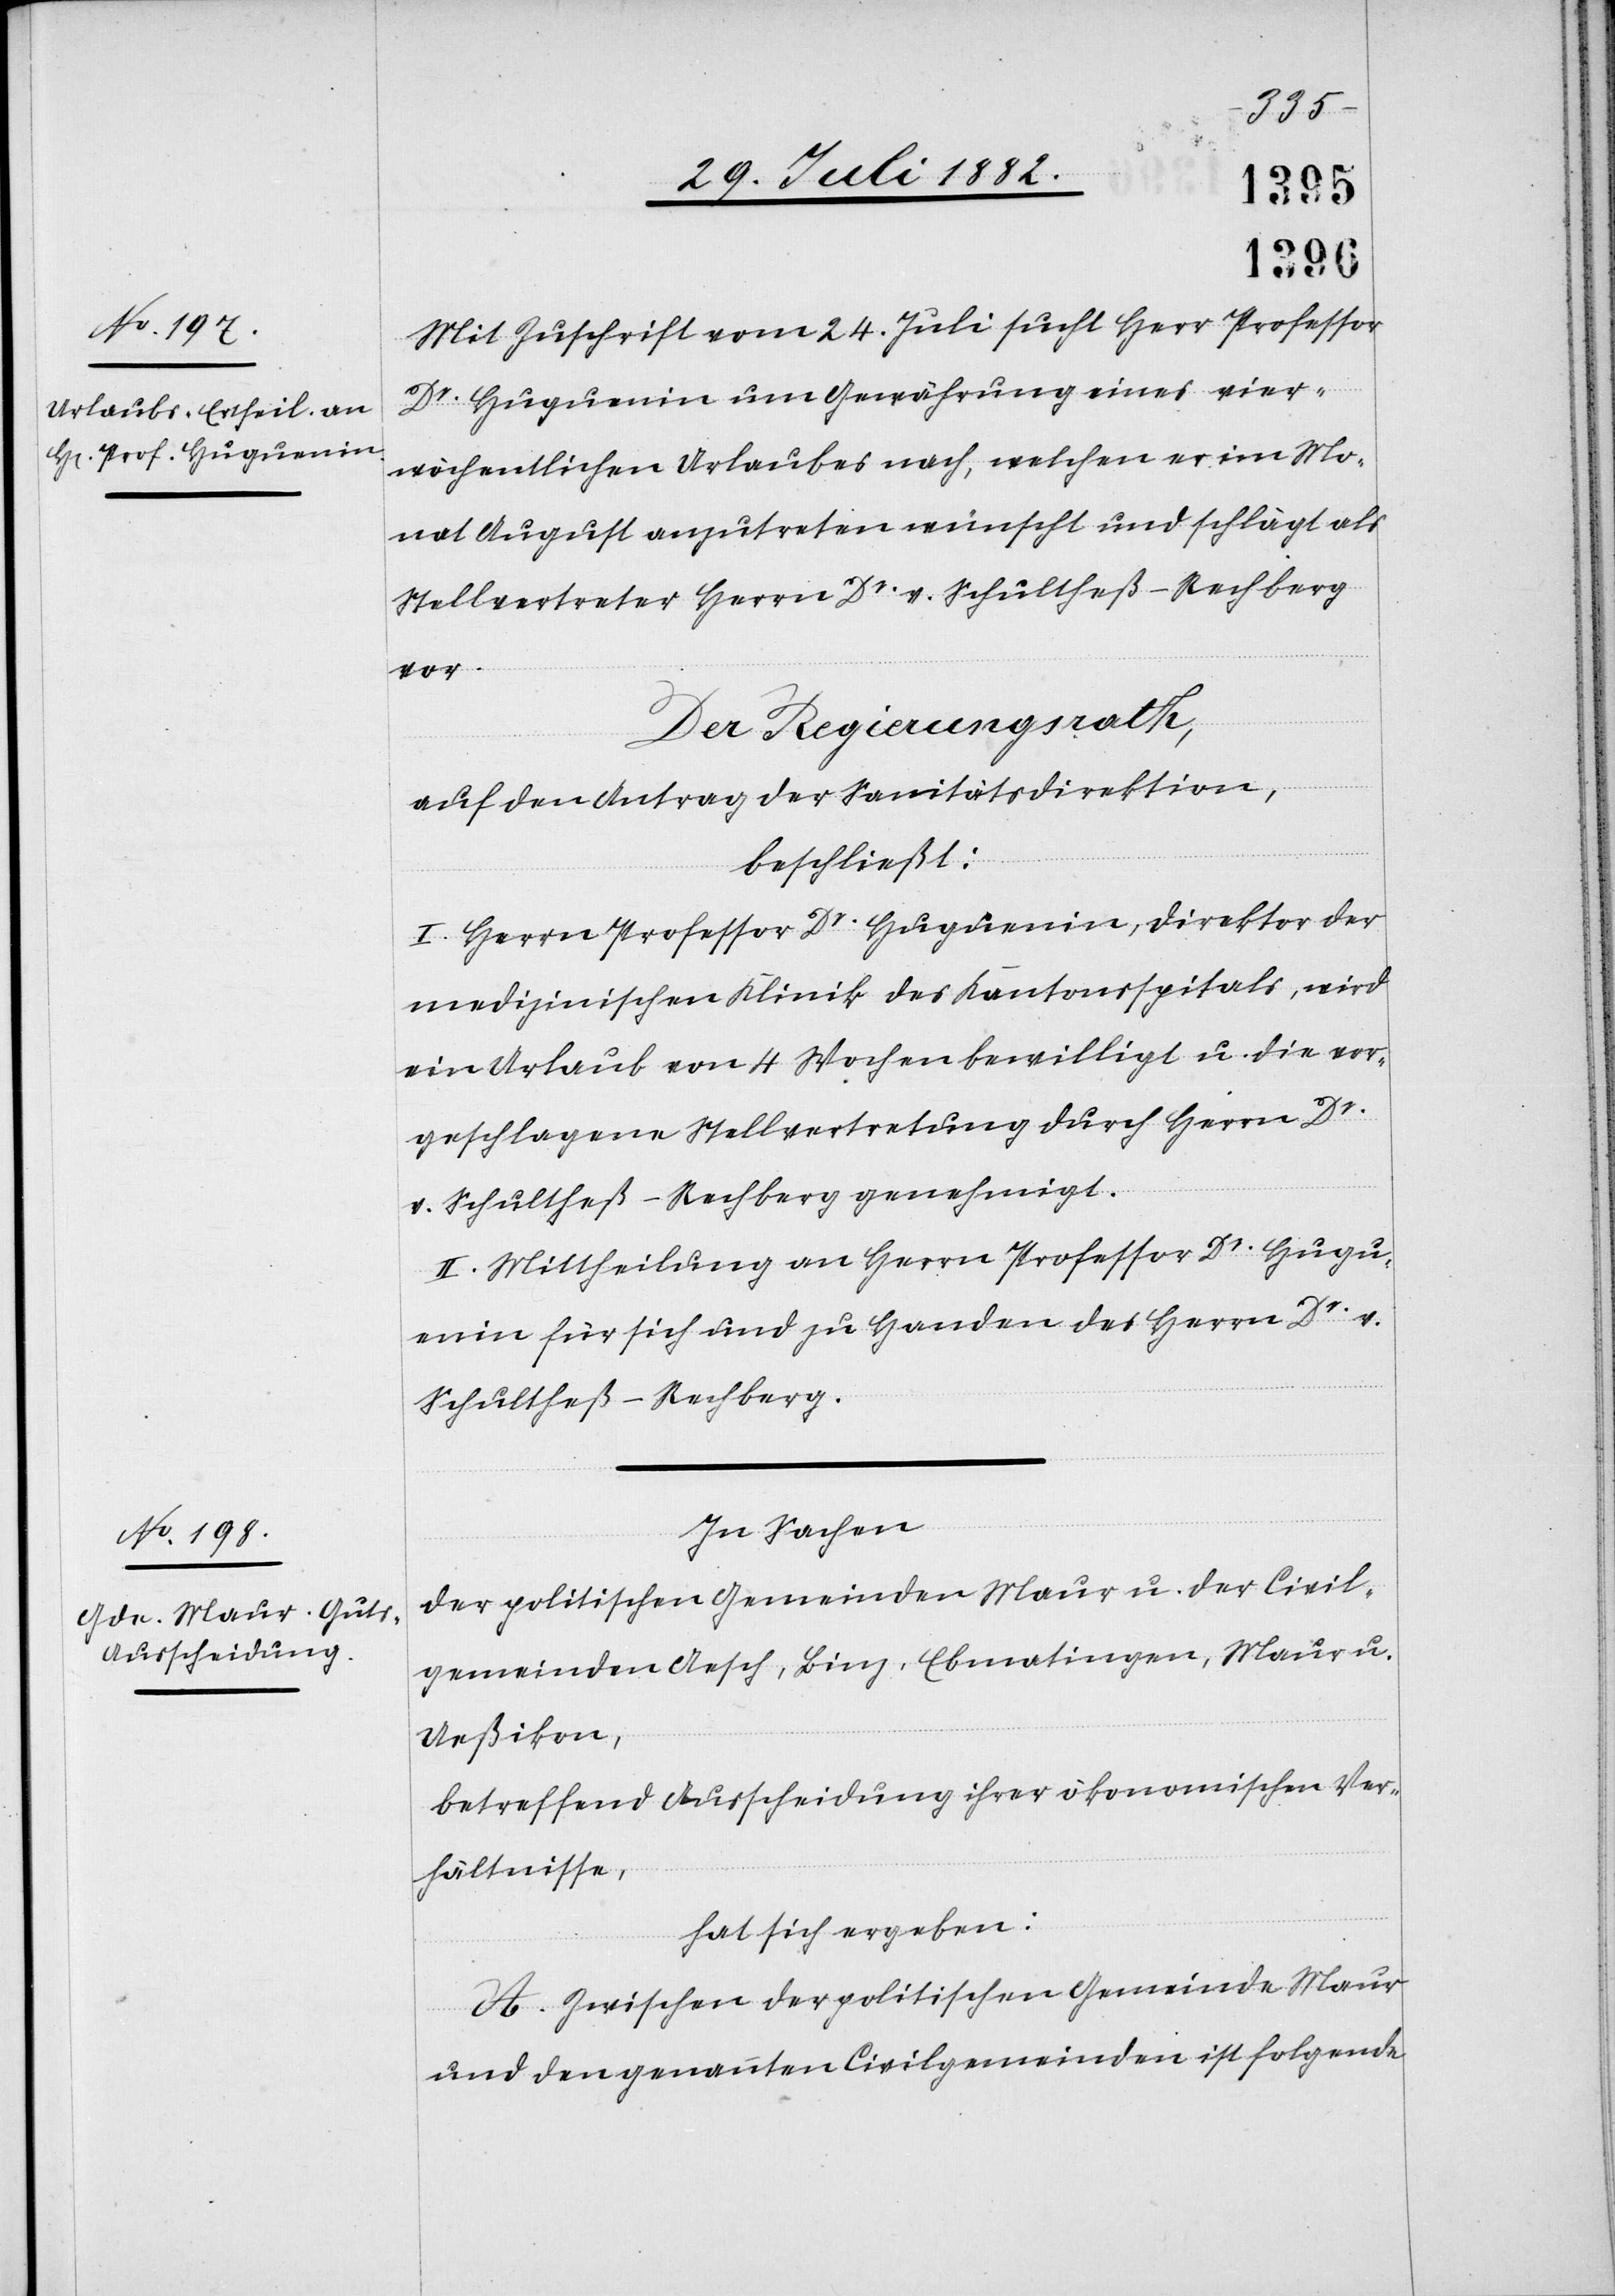
Mit Zuschrift vom 24. Juli sucht Herr Professor
Dr Huguenin um Gewährung eines vier¬
wöchentlichen Urlaubes nach, welchen er im Mo¬
nat August anzutreten wünscht und schlägt als
Stellvertreter Herrn Dr v. Schultheß-Rechberg
vor.
Der Regierungsrath,
auf den Antrage der Sanitätsdirektion,
beschließt:
I. Herrn Professor Dr Huguenin, Direktor der
medizinischen Klinik des Kantonsspitals, wird
ein Urlaub von 4 Wochen bewilligt u. die vor¬
geschlagene Stellvertretung durch Herrn Dr
v. Schultheß-Rechberg genehmigt.
II. Mittheilung an Herrn Professor Dr Hugu¬
enin für sich und zu Handen des Herrn Dr v.
Schultheß-Rechberg.
In Sachen
der politischen Gemeinden Maur u. der Civil¬
gemeinden Aesch, Binz, Ebmatingen, Maur u.
Ueßikon,
betreffend Ausscheidung ihrer ökonomischen Ver¬
hältnisse,
hat sich ergeben:
A. Zwischen der politischen Gemeinde Maur
und den genannten Civilgemeinden ist folgende